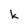
Character: k